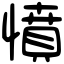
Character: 憤